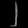
Digit: ၂